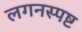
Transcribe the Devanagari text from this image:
लगनस्पष्ट